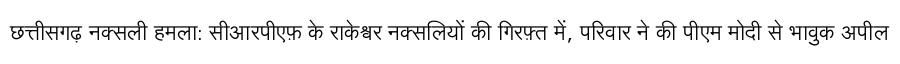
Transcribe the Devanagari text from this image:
छत्तीसगढ़ नक्सली हमला: सीआरपीएफ़ के राकेश्वर नक्सलियों की गिरफ़्त में, परिवार ने की पीएम मोदी से भावुक अपील